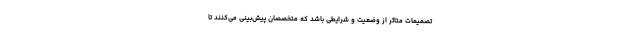
تصمیمات متاثر از وضعیت و شرایطی باشد که متخصصان پیش‌بینی می‌کنند تا